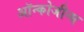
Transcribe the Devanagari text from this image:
ऑन्कोजीन्स